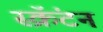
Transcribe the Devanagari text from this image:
स्क्रॅंटन